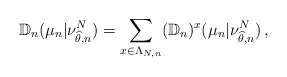
\begin{align*}\mathbb D_n (\mu_n | \nu_{\widehat \theta ,n}^N)=\sum_{x\in \Lambda_{N,n}} (\mathbb D_n)^{x} (\mu_n | \nu_{\widehat \theta ,n}^N)\, ,\end{align*}